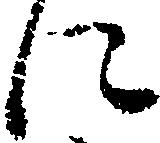
に